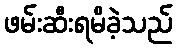
ဖမ်းဆီးရမိခဲ့သည်